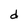
Character: d